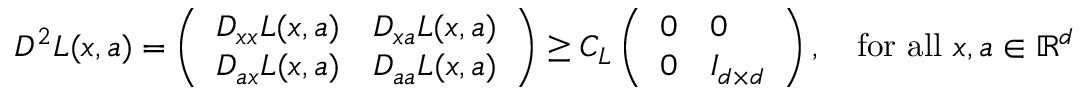
\begin{array} { r } { D ^ { 2 } L ( x , a ) = \left( \begin{array} { l l } { D _ { x x } L ( x , a ) } & { D _ { x a } L ( x , a ) } \\ { D _ { a x } L ( x , a ) } & { D _ { a a } L ( x , a ) } \end{array} \right) \geq C _ { L } \left( \begin{array} { l l } { 0 } & { 0 } \\ { 0 } & { I _ { d \times d } } \end{array} \right) , \quad \mathrm { f o r ~ a l l ~ } x , a \in { \mathbb R } ^ { d } } \end{array}